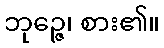
ဘုဉ္ဇေ၊ စား၏။